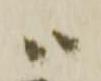
ハ